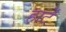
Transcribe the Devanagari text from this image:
हार्टे